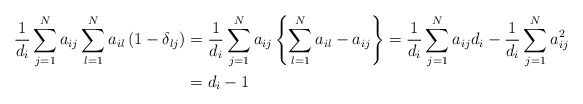
\begin{align*}\frac{1}{d_{i}}\sum_{j=1}^{N}a_{ij}\sum_{l=1}^{N}a_{il}\left( 1-\delta_{lj}\right) & =\frac{1}{d_{i}}\sum_{j=1}^{N}a_{ij}\left\{ \sum_{l=1}^{N}a_{il}-a_{ij}\right\} =\frac{1}{d_{i}}\sum_{j=1}^{N}a_{ij}d_{i}-\frac{1}{d_{i}}\sum_{j=1}^{N}a_{ij}^{2}\\& =d_{i}-1\end{align*}